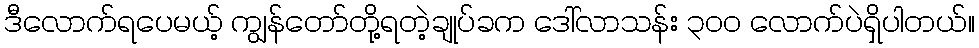
ဒီလောက်ရပေမယ့် ကျွန်တော်တို့ရတဲ့ချုပ်ခက ဒေါ်လာသန်း ၃၀ဝ လောက်ပဲရှိပါတယ်။